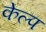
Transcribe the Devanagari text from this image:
केल्प